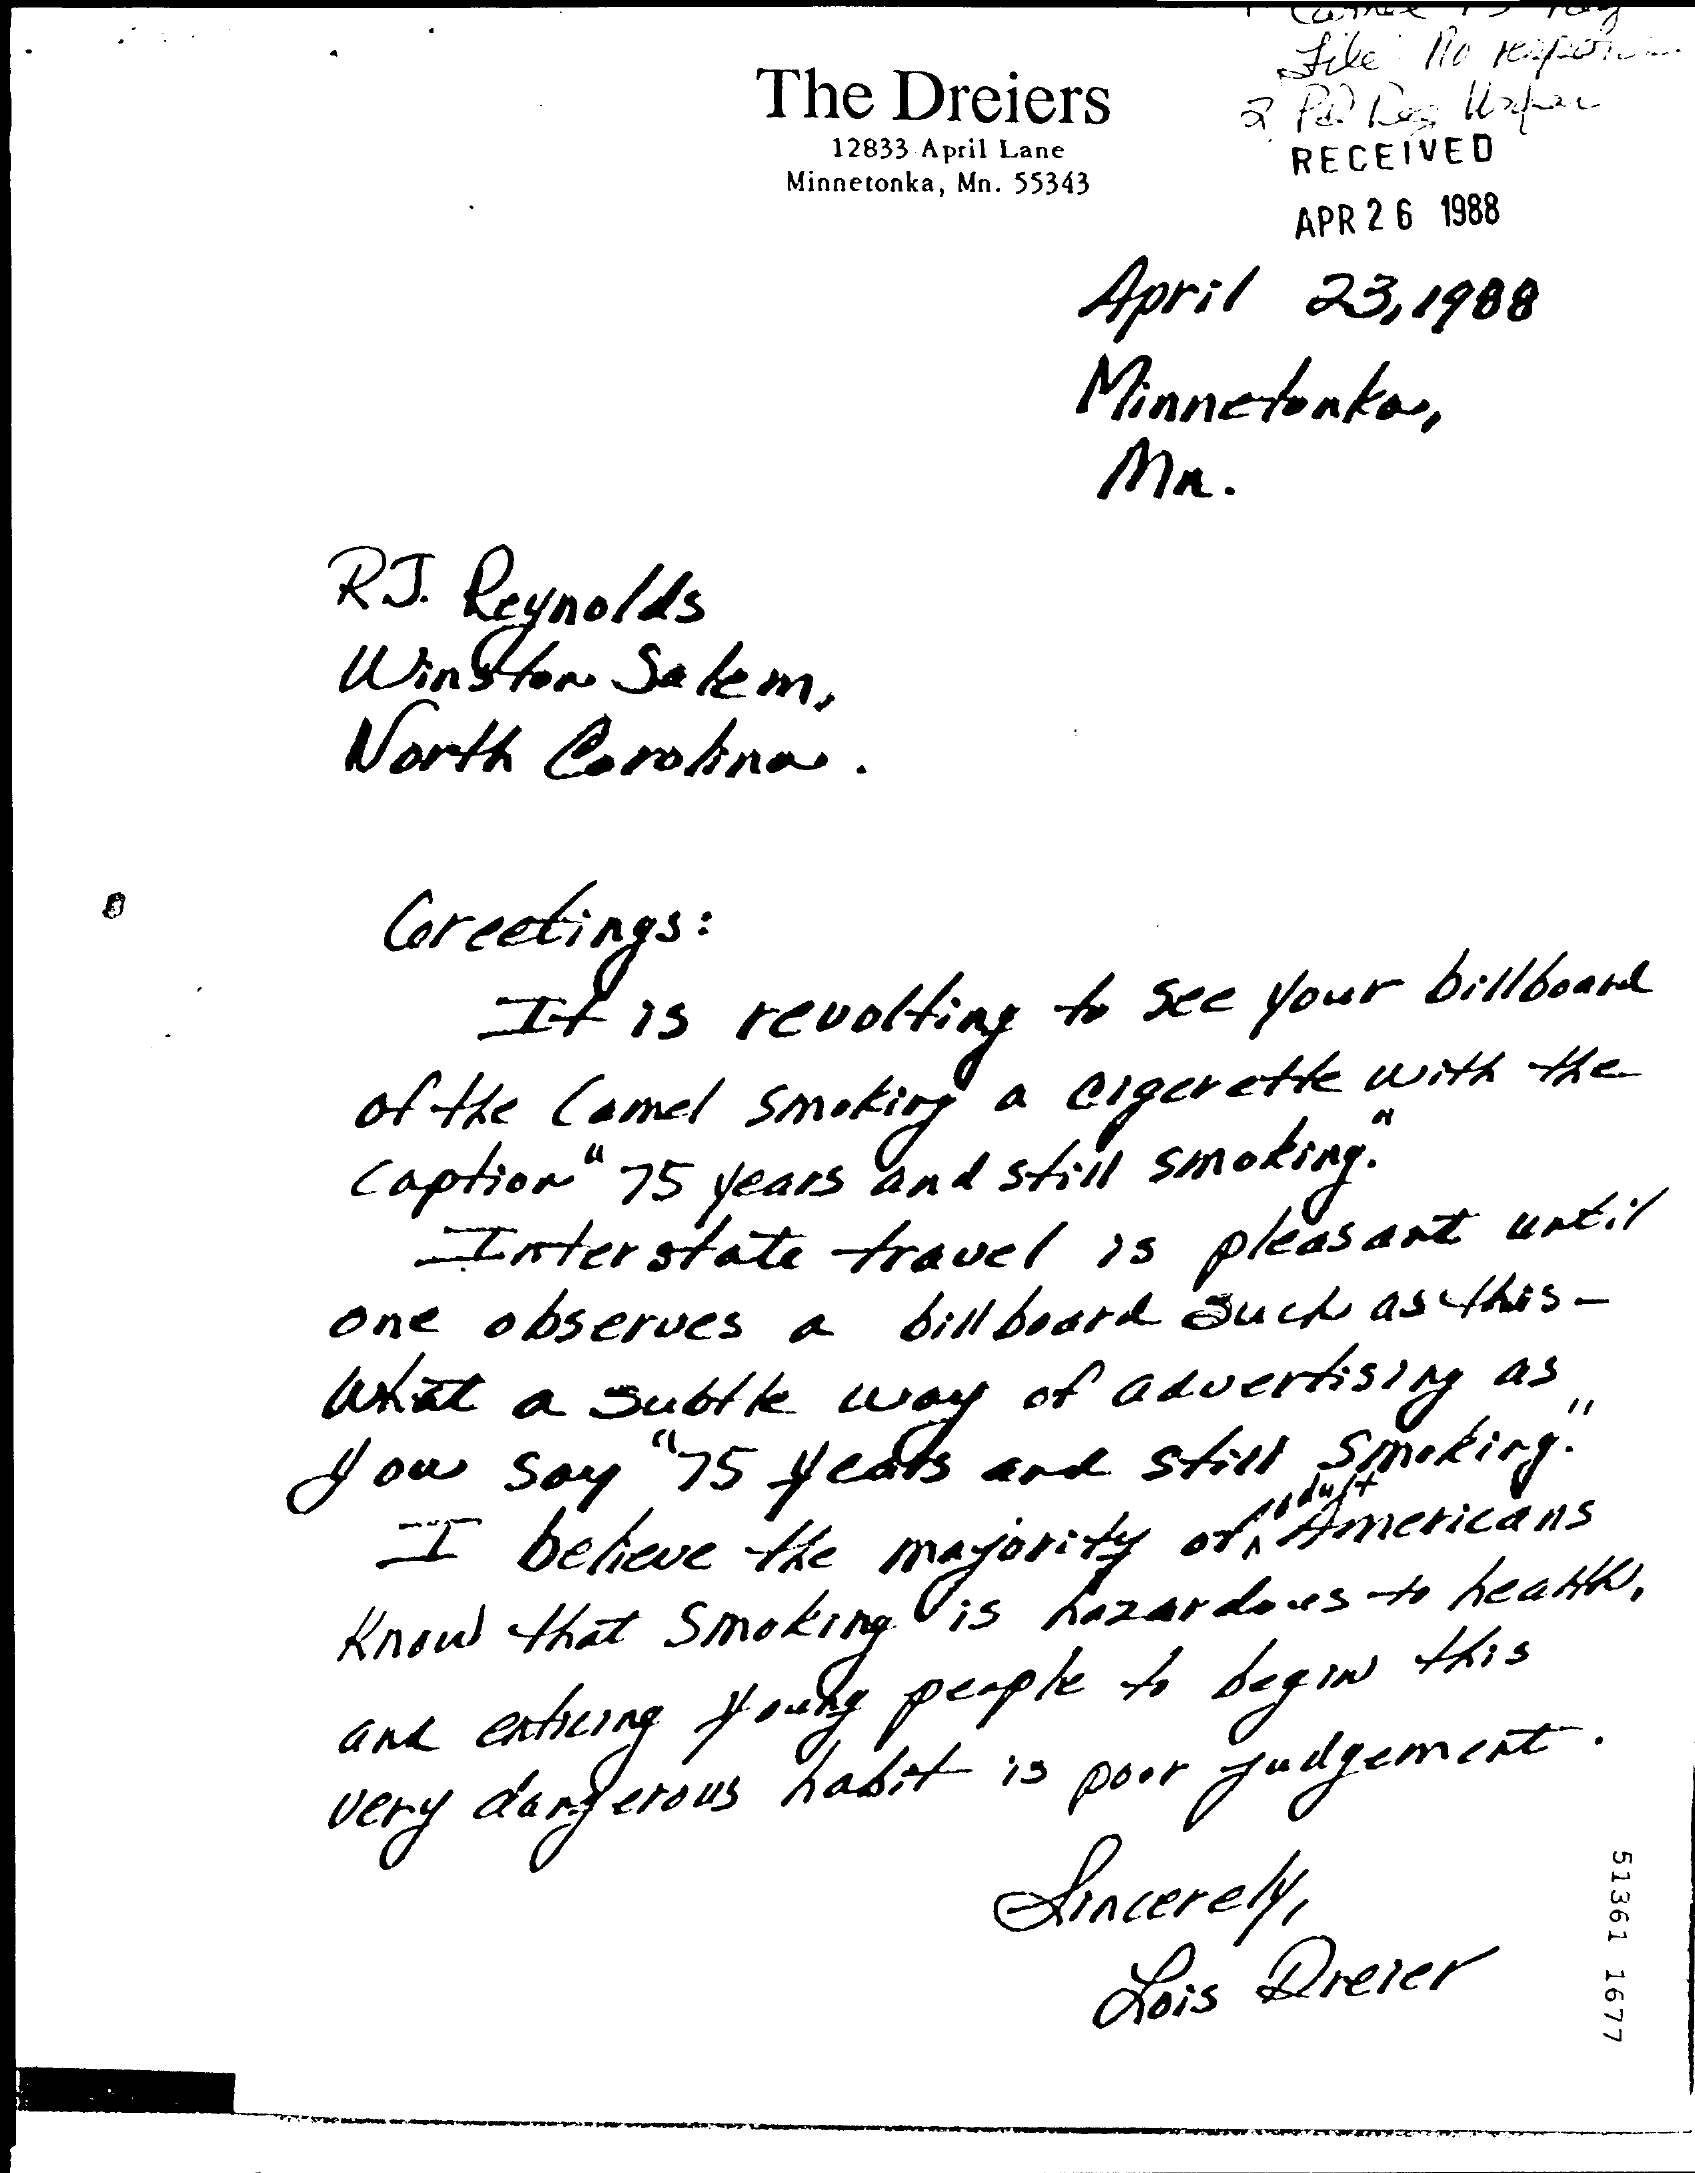
The Dreiers
     file Hle papo .......
     12833 April Lane
     Minnetonka, Mn. 55343
     RECEIVED
     APR 2 6 1988
     April 23, 1988
     Minnetonka,
     mr.
     RJ. Reynolds
     Winston Salem,
     North Carolina.
     Greetings :
     It is revolting to see your billboard
     of the Comel smoking a cigarette with the
     caption " 75 years and still smoking.
     -Interstate travel is pleasant until
     one observes a billboard such as this -
     What a subtle way  of advertising as
     How   say "75 years and still Smoking.
     - I believe the majority of Americans
     Know that Smoking "is hazardous to health ,
     and extreing young people to begin this
     very dangerous habit is poor Judgement -.
     Sincerely,    51361
     1677 Los Dreier